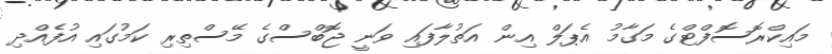
މައިކްރޮސޮފްޓްގެ މަގާމު އެޕަލް އިން އަތުލާފައި ވަނީ ޖޮބްސްގެ މޭސްތިރި ކަމުގައި އުފެއްދި